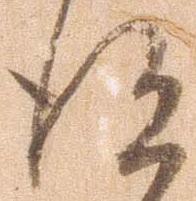
得